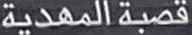
قصبةالمهدية